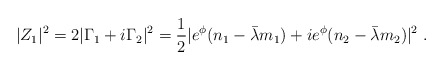
\begin{align*}|Z_1 |^2= 2 |\Gamma_1 + i \Gamma_2|^2 = {1\over 2} | e^{\phi} (n_1 - \bar\lambda m_1) +ie^{\phi} (n_2 - \bar \lambda m_2)|^2 \ .\end{align*}